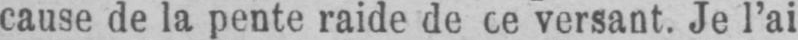
cause de la pente raide de ce versant. Je l’ai